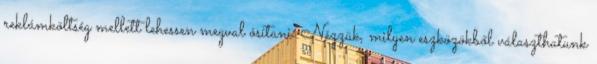
reklámköltség mellett lehessen megval ósítani. Nézzük, milyen eszközökből választhatunk